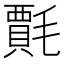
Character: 𭯦